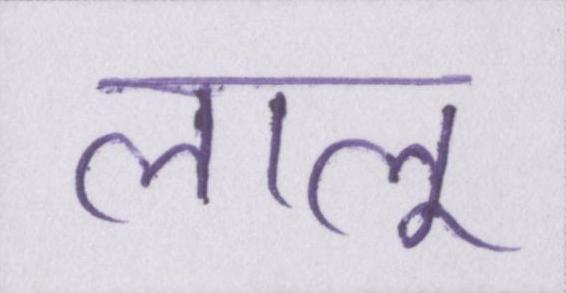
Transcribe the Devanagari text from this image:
लालू